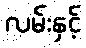
လမ်းနှင့်